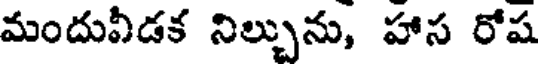
మందువీడక నిల్చును, హాస రోష